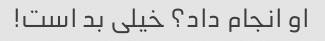
او انجام داد؟ خیلی بد است!